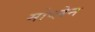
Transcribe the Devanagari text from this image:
मोप्लेन